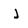
Character: j